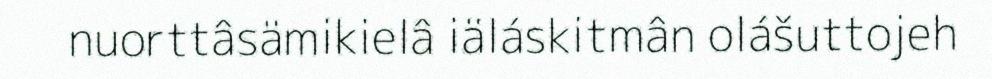
nuorttâsämikielâ iäláskitmân olášuttojeh